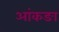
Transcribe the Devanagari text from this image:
आंकङा